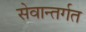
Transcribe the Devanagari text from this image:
सेवान्तर्गत